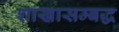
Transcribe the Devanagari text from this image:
शाखासम्बद्ध